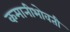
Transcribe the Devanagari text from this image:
कमानीभोवती